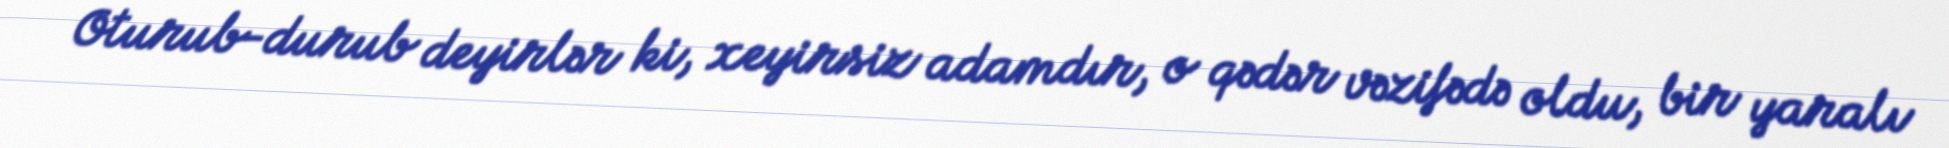
Oturub-durub deyirlər ki, xeyirsiz adamdır, o qədər vəzifədə oldu, bir yaralı